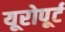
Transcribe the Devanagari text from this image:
यूरोपूर्ट